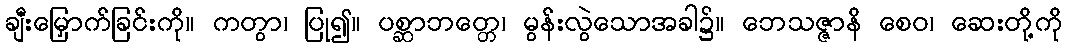
ချီးမြှောက်ခြင်းကို။ ကတွာ၊ ပြု၍။ ပစ္ဆာဘတ္တေ၊ မွန်းလွဲသောအခါ၌။ ဘေသဇ္ဇာနိ စေဝ၊ ဆေးတို့ကို